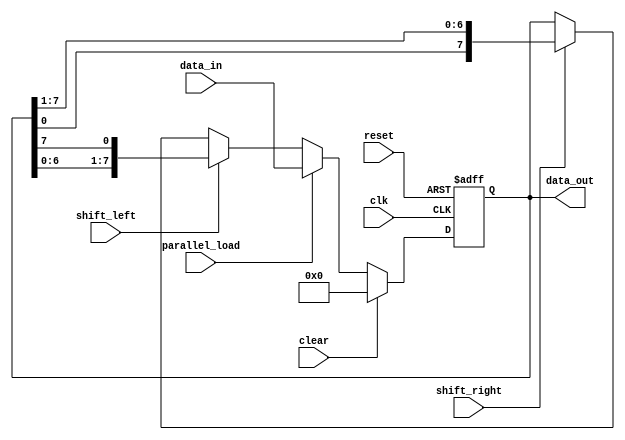
module UniversalShiftRegister (
    input wire clk,
    input wire reset,
    input wire clear,
    input wire shift_left,
    input wire shift_right,
    input wire parallel_load,
    input wire [7:0] data_in,
    output reg [7:0] data_out
);

reg [7:0] shiftReg;

always @(posedge clk or posedge reset) begin
    if (reset) begin
        shiftReg <= 8'b0;
    end else begin
        if (clear) begin
            shiftReg <= 8'b0;
        end else begin
            if (parallel_load) begin
                shiftReg <= data_in;
            end else begin
                if (shift_left) begin
                    shiftReg <= {shiftReg[6:0], shiftReg[7]};
                end else if (shift_right) begin
                    shiftReg <= {shiftReg[0], shiftReg[7:1]};
                end
            end
        end
    end
end

assign data_out = shiftReg;

endmodule